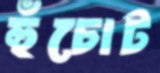
হুঁচোট